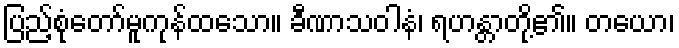
ပြည့်စုံတော်မူကုန်ထသော။ ခီဏာသဝါနံ၊ ရဟန္တာတို့၏။ တယော၊